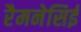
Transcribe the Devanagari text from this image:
रैमनेसिई